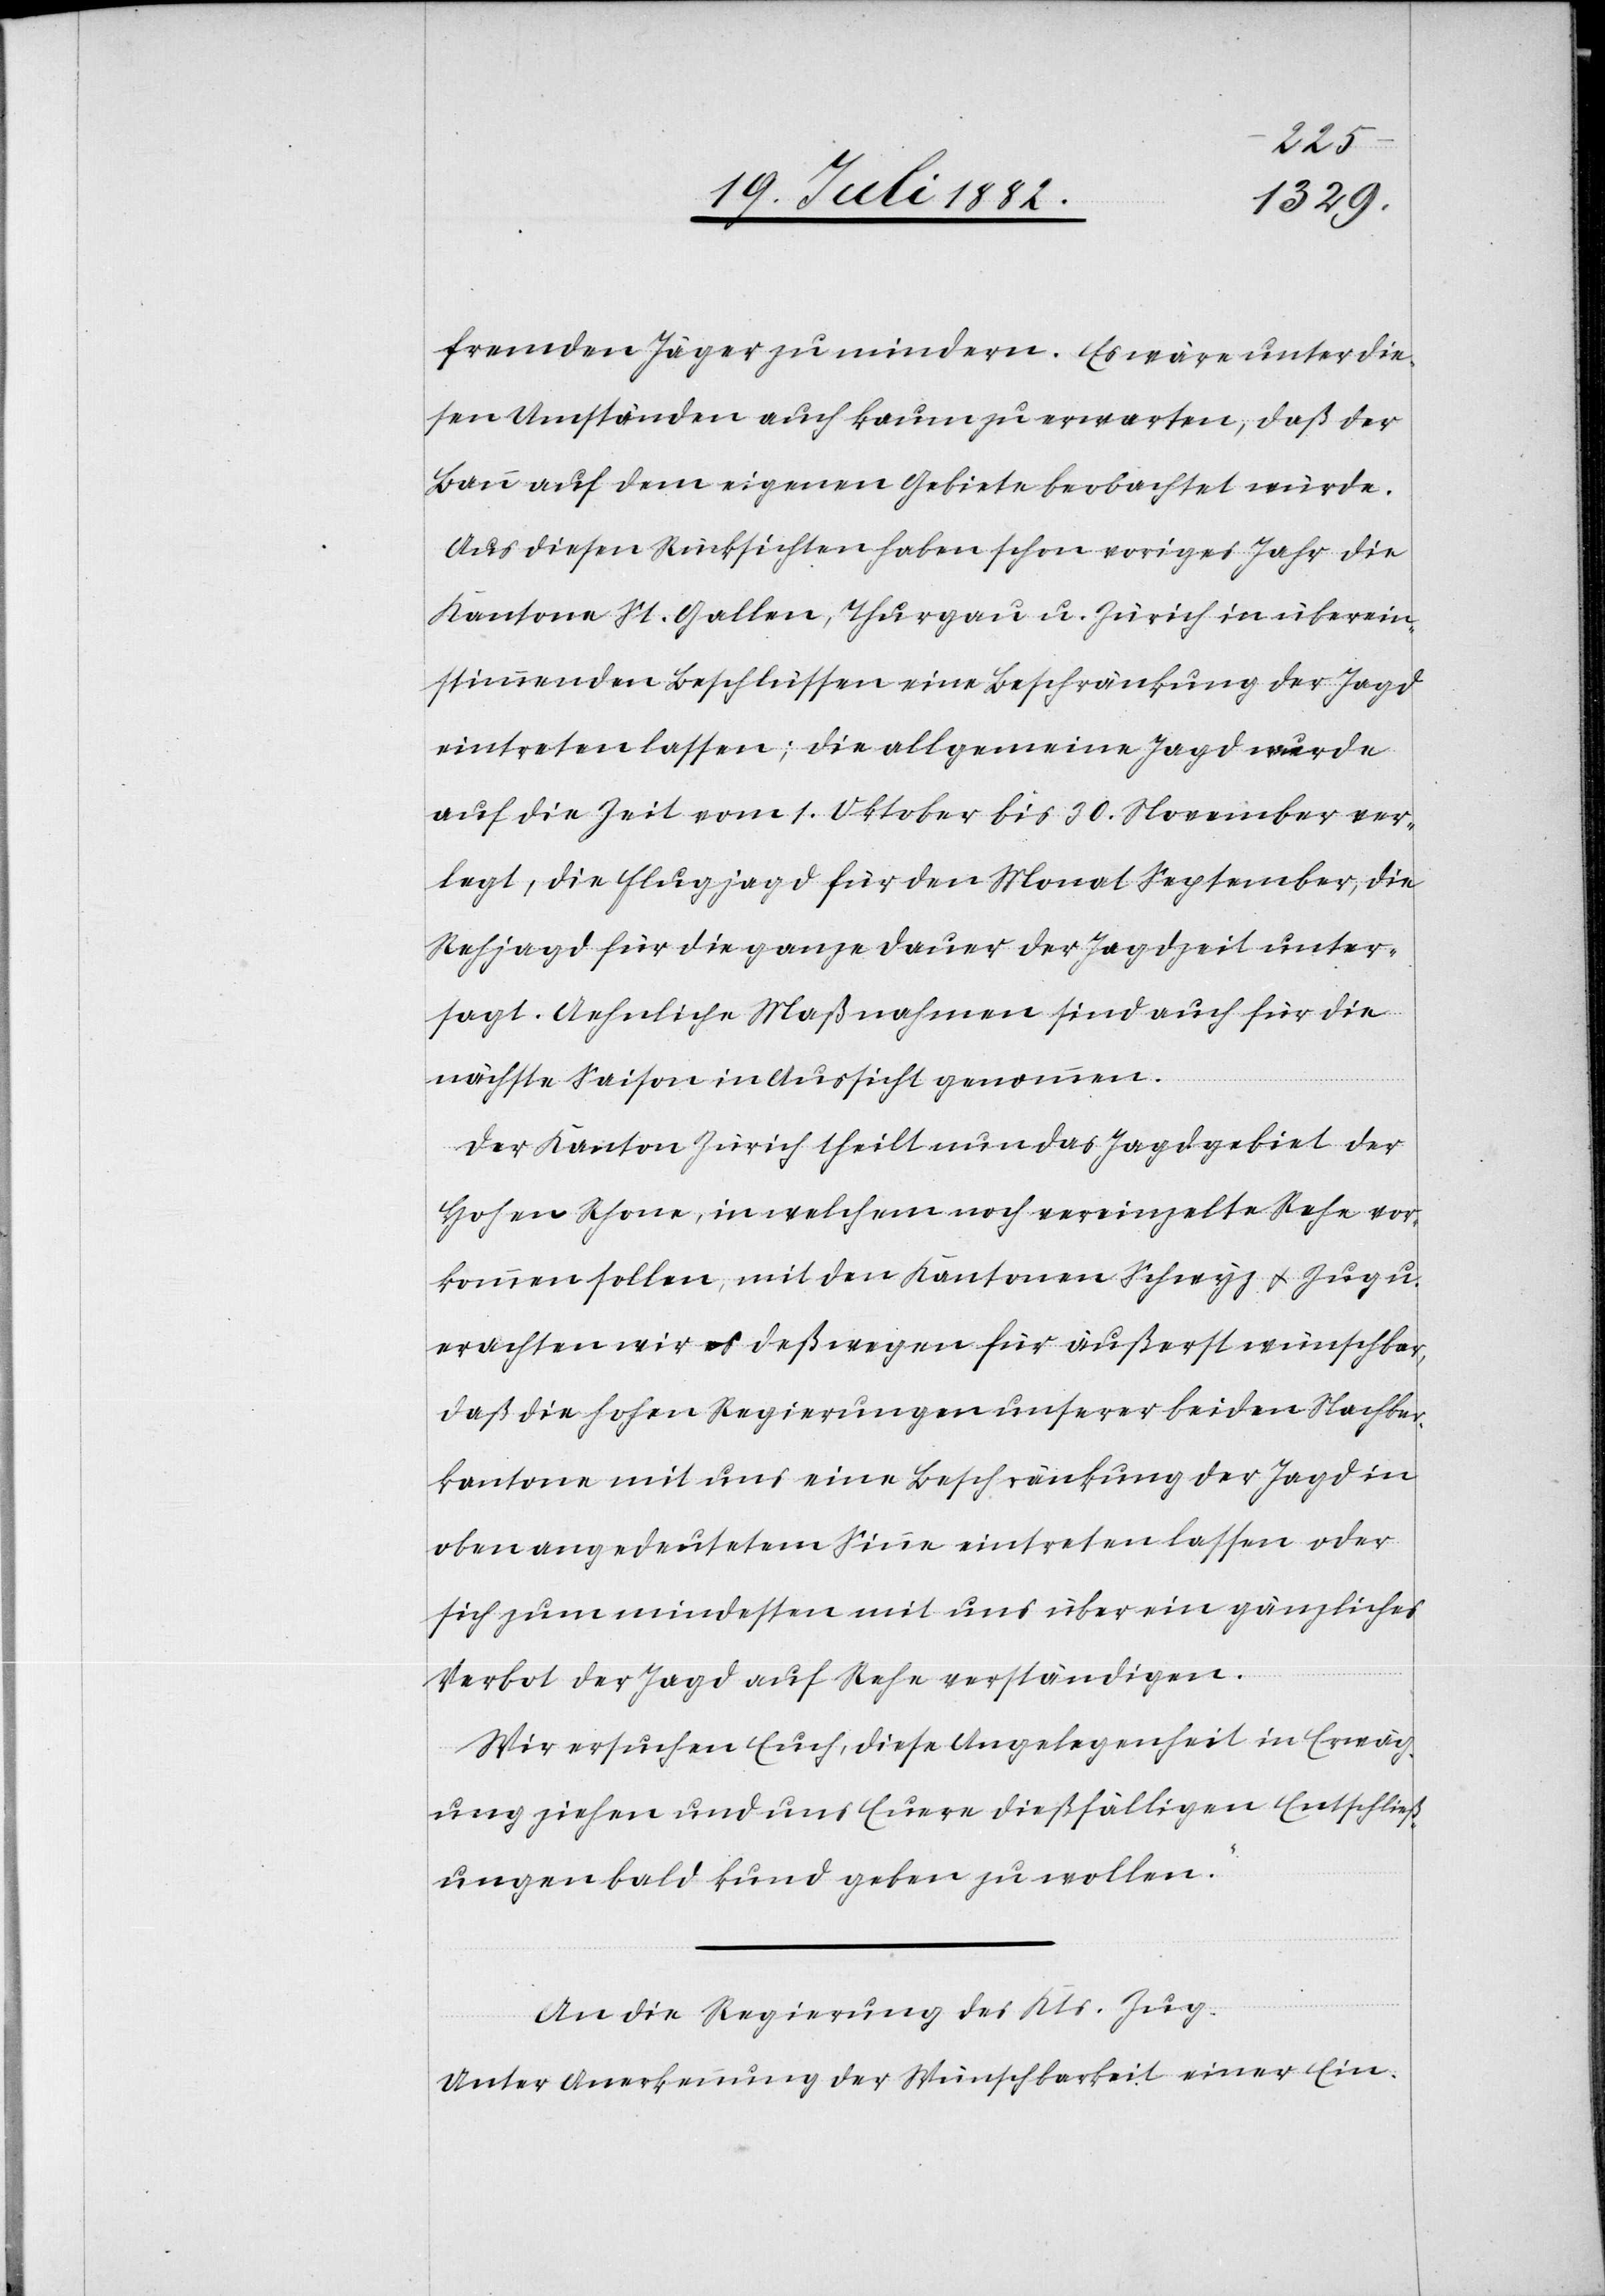
fremden Jäger zu mindern. Es wäre unter die¬
sen Umständen auch kaum zu erwarten, daß der
Bann auf dem eigenen Gebiete beobachtet würde.
Aus diesen Rücksichten haben schon voriges Jahr die
Kantone St. Gallen, Thurgau u. Zürich in überein¬
stimmenden Beschlüssen eine Beschränkung der Jagd
eintreten lassen; die allgemeine Jagd wurde
auf die Zeit vom 1. Oktober bis 30. November ver¬
legt, die Flugjagd für den Monat September, die
Rehjagd für die ganze Dauer der Jagdzeit unter¬
sagt. Aehnliche Maßnahmen sind auch für die
nächste Saison in Aussicht genommen.
Der Kanton Zürich theilt nun das Jagdgebiet der
Hohen Rhone, in welchem noch vereinzelte Rehe vor¬
kommen sollen, mit den Kantonen Schwyz & Zug u.
erachten wir es deßwegen für äußerst wünschbar,
daß die hohen Regierungen unserer beiden Nachbar¬
kantone mit uns eine Beschränkung der Jagd in
oben angedeutetem Sinne eintreten lassen oder
sich zum mindesten mit uns über ein gänzliches
Verbot der Jagd auf Rehe verständigen.
Wir ersuchen Euch, diese Angelegenheit in Erwäg¬
ung zu ziehen und uns Euere dießfälligen Entschließ¬
ungen bald kund geben zu wollen.
An die Regierung des Kts. Zug.
Unter Anerkennung der Wünschbarkeit einer Ein-